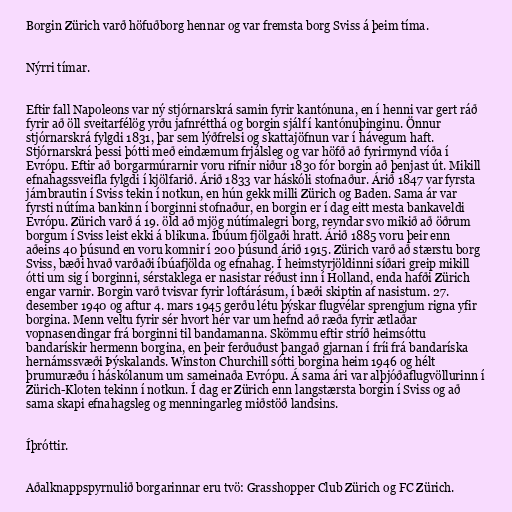
Borgin Zürich varð höfuðborg hennar og var fremsta borg Sviss á þeim tíma.

Nýrri tímar.

Eftir fall Napoleons var ný stjórnarskrá samin fyrir kantónuna, en í henni var gert ráð
fyrir að öll sveitarfélög yrðu jafnrétthá og borgin sjálf í kantónuþinginu. Önnur
stjórnarskrá fylgdi 1831, þar sem lýðfrelsi og skattajöfnun var í hávegum haft.
Stjórnarskrá þessi þótti með eindæmum frjálsleg og var höfð að fyrirmynd víða í
Evrópu. Eftir að borgarmúrarnir voru rifnir niður 1830 fór borgin að þenjast út. Mikill
efnahagssveifla fylgdi í kjölfarið. Árið 1833 var háskóli stofnaður. Árið 1847 var fyrsta
járnbrautin í Sviss tekin í notkun, en hún gekk milli Zürich og Baden. Sama ár var
fyrsti nútíma bankinn í borginni stofnaður, en borgin er í dag eitt mesta bankaveldi
Evrópu. Zürich varð á 19. öld að mjög nútímalegri borg, reyndar svo mikið að öðrum
borgum í Sviss leist ekki á blikuna. Íbúum fjölgaði hratt. Árið 1885 voru þeir enn
aðeins 40 þúsund en voru komnir í 200 þúsund árið 1915. Zürich varð að stærstu borg
Sviss, bæði hvað varðaði íbúafjölda og efnahag. Í heimstyrjöldinni síðari greip mikill
ótti um sig í borginni, sérstaklega er nasistar réðust inn í Holland, enda hafði Zürich
engar varnir. Borgin varð tvisvar fyrir loftárásum, í bæði skiptin af nasistum. 27.
desember 1940 og aftur 4. mars 1945 gerðu létu þýskar flugvélar sprengjum rigna yfir
borgina. Menn veltu fyrir sér hvort hér var um hefnd að ræða fyrir ætlaðar
vopnasendingar frá borginni til bandamanna. Skömmu eftir stríð heimsóttu
bandarískir hermenn borgina, en þeir ferðuðust þangað gjarnan í fríi frá bandaríska
hernámssvæði Þýskalands. Winston Churchill sótti borgina heim 1946 og hélt
þrumuræðu í háskólanum um sameinaða Evrópu. Á sama ári var alþjóðaflugvöllurinn í
Zürich-Kloten tekinn í notkun. Í dag er Zürich enn langstærsta borgin í Sviss og að
sama skapi efnahagsleg og menningarleg miðstöð landsins.

Íþróttir.

Aðalknappspyrnulið borgarinnar eru tvö: Grasshopper Club Zürich og FC Zürich.